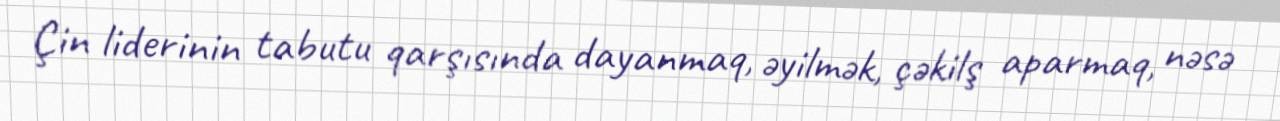
Çin liderinin tabutu qarşısında dayanmaq, əyilmək, çəkilş aparmaq, nəsə